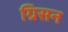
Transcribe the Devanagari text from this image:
ग्रिसन